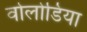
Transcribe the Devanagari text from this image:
वोलोडिया